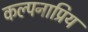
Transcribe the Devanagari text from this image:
कल्पनाप्रिय